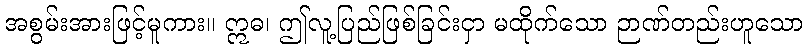
အစွမ်းအားဖြင့်မူကား။ ဣဓ၊ ဤလူ့ပြည်ဖြစ်ခြင်းငှာ မထိုက်သော ဉာဏ်တည်းဟူသော